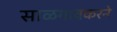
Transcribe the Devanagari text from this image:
साळगावकरने